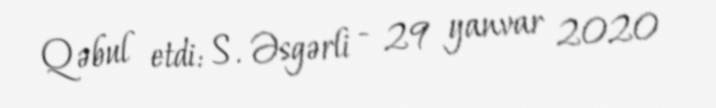
Qəbul etdi: S. Əsgərli - 29 yanvar 2020